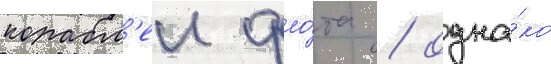
корабл'еи фло́та / одна́ко